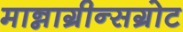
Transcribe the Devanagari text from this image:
मान्नाग्रीन्सग्रोट